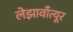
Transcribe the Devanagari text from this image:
लेझावाँत्यूर